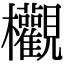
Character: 欟